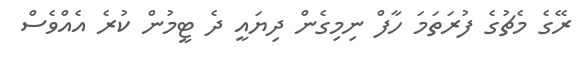
ރޭގެ މެޗުގެ ފުރަތަމަ ހާފް ނިމިގެން ދިޔައީ ދެ ޓީމުން ކުރެ އެއްވެސް